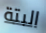
البتة